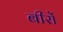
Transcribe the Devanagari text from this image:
बीरों